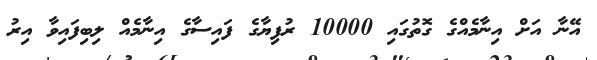
އޭނާ އަށް އިނާމެއްގެ ގޮތުގައި 10000 ރުފިޔާގެ ފައިސާގެ އިނާމެއް ލިބިފައިވާ އިރު